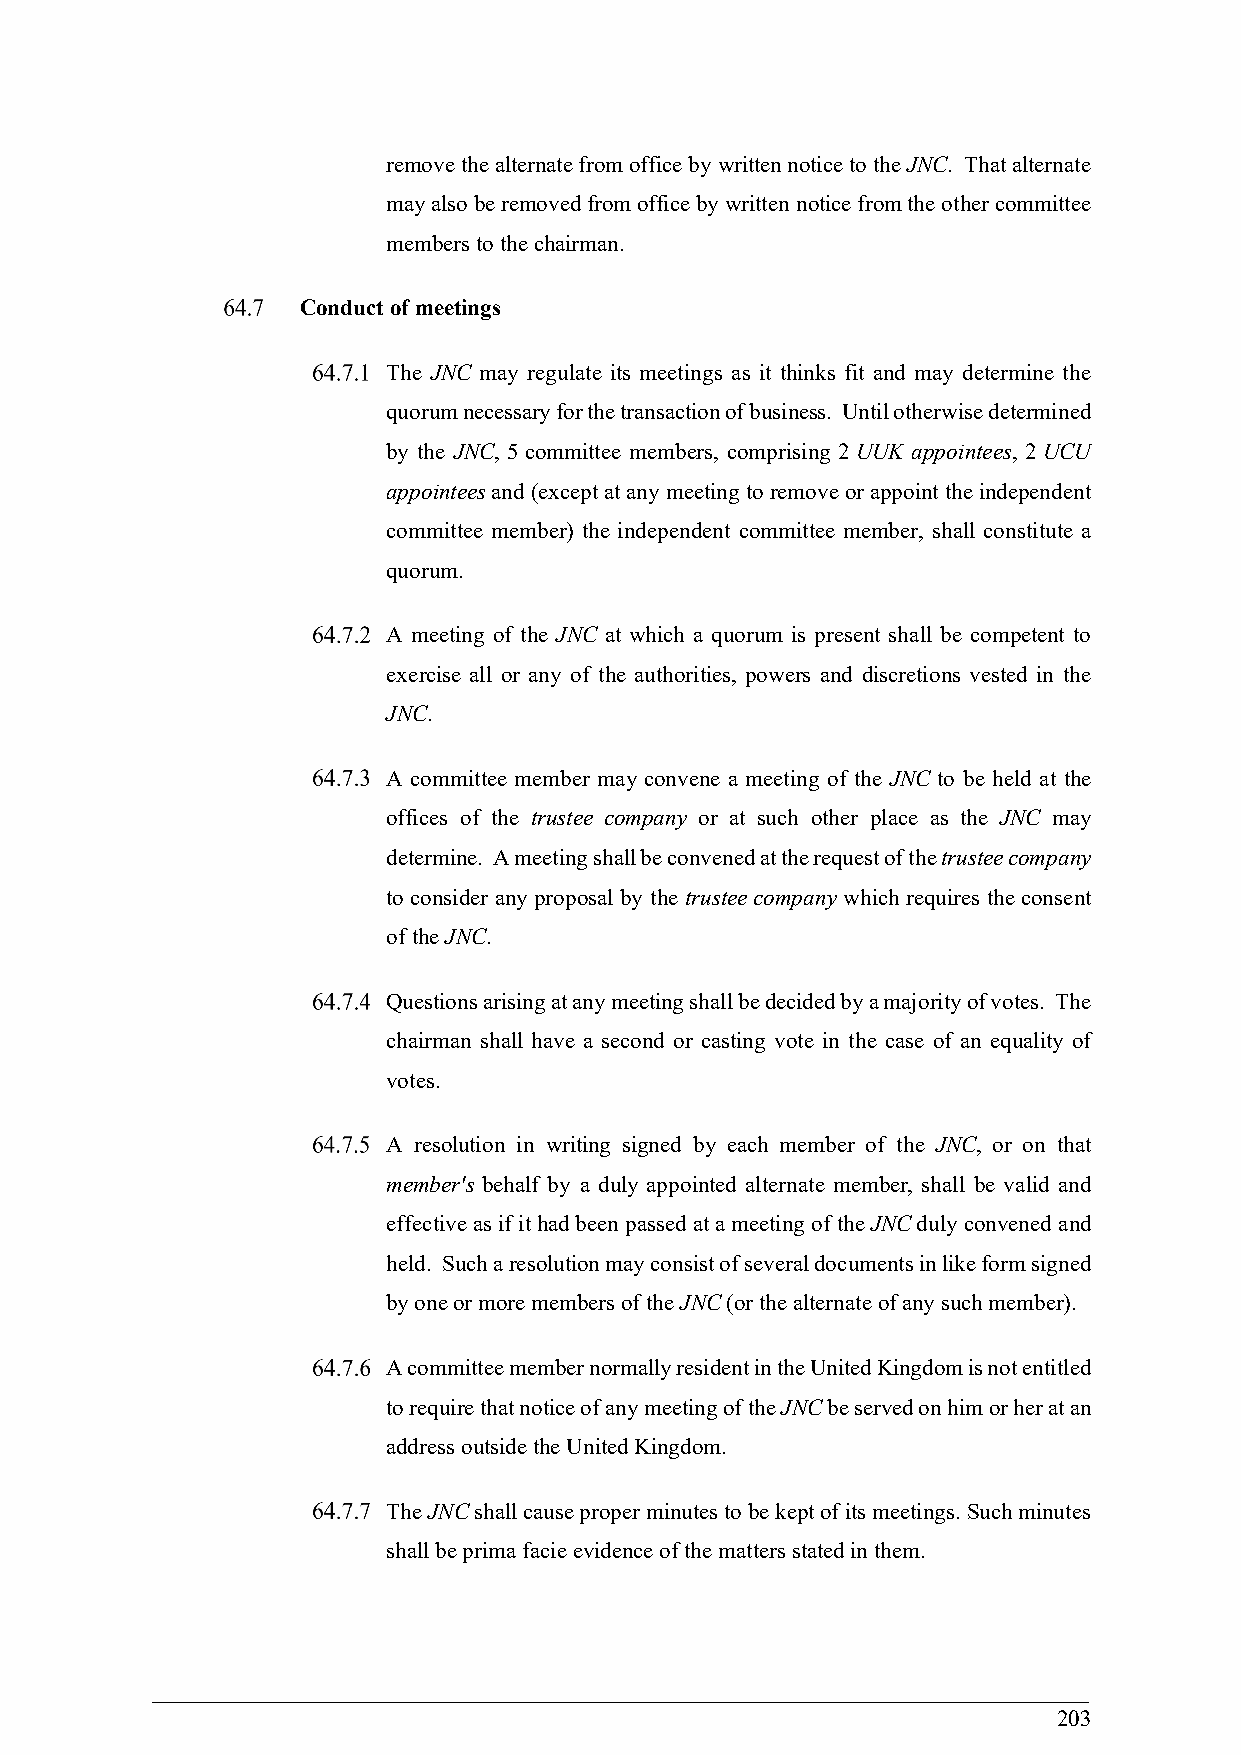
remove the alternate from office by written notice to the JNC. That alternate
 may also be removed from office by written notice from the other committee
 members to the chairman.
 Conduct of meetings
 The JNC may regulate its meetings as it thinks fit and may determine the
 quorum necessary for the transaction of business. Until otherwise determined
 by the JNC, 5 committee members, comprising 2 UUK appointees, 2 UCU
 appointees and (except at any meeting to remove or appoint the independent
 committee member) the independent committee member, shall constitute a
 quorum.
 A meeting of the JNC at which a quorum is present shall be competent to
 exercise all or any of the authorities, powers and discretions vested in the
 JNC.
 A committee member may convene a meeting of the JNC to be held at the
 offices of the trustee company or at such other place as the JNC may
 determine. A meeting shall be convened at the request of the trustee company
 to consider any proposal by the trustee company which requires the consent
 of the JNC.
 Questions arising at any meeting shall be decided by a majority of votes. The
 chairman shall have a second or casting vote in the case of an equality of
 votes.
 A resolution in writing signed by each member of the JNC, or on that
 member's behalf by a duly appointed alternate member, shall be valid and
 effective as if it had been passed at a meeting of the JNC duly convened and
 held. Such a resolution may consist of several documents in like form signed
 by one or more members of the JNC (or the alternate of any such member).
 A committee member normally resident in the United Kingdom is not entitled
 to require that notice of any meeting of the JNC be served on him or her at an
 address outside the United Kingdom.
 The JNC shall cause proper minutes to be kept of its meetings. Such minutes
 shall be prima facie evidence of the matters stated in them.
 203